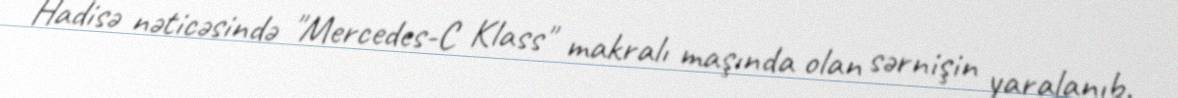
Hadisə nəticəsində "Mercedes-C Klass" makralı maşında olan sərnişin yaralanıb.